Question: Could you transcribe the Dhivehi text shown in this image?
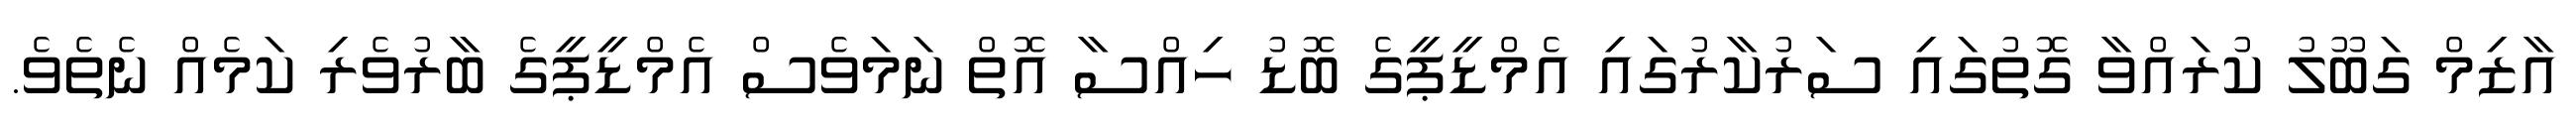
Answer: އާޒިމް ގަބޫލު ކުރައްވާ ގޮތުގައި ސަރުކާރުގައި އެމްޑީޕީގެ ބޮޑު ހިއްސާ އޮތް ނަމަވެސް އެމްޑީޕީގެ ބާރުވެރި ކަމެއް ނެތެވެ.